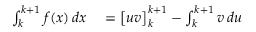
\begin{array} { r l } { \int _ { k } ^ { k + 1 } f ( x ) \, d x } & { { } = { \bigl [ } u v { \bigr ] } _ { k } ^ { k + 1 } - \int _ { k } ^ { k + 1 } v \, d u } \end{array}